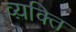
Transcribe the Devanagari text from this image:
व्य़क्ति